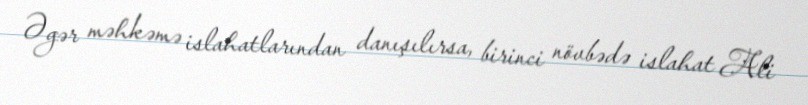
Əgər məhkəmə islahatlarından danışılırsa, birinci növbədə islahat Ali